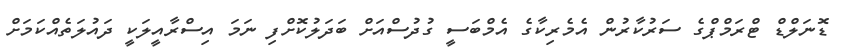
ޑޮނަލްޑް ޓްރަމްޕްގެ ސަރުކާރުން އެމެރިކާގެ އެމްބަސީ ގުދުސްއަށް ބަދަލުކޮށްފި ނަމަ އިސްރާއީލަކީ ދައުލަތެއްކަމަށް